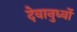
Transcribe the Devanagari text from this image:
देवानुर्ध्वो